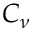
C _ { \nu }